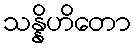
သန္နိဟိတော